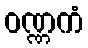
ဝဏ္ဏကံ